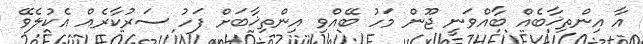
އާ އިންތިޚާބެއް ބާއްވަނީ ޖޫން މަހު ބޭއްވި އިންތިޚާބަށް ފަހު ސަރުކާރެއް އެކުލެވޭ